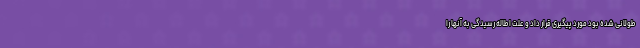
طولانی شده بود مورد پیگیری قرار داد و علت اطاله رسیدگی به آنها را